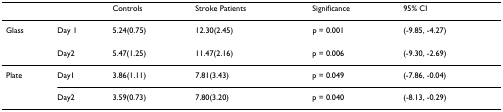
<table><thead><tr><td></td><td></td><td><b>Controls</b></td><td><b>Stroke Patients</b></td><td><b>Significance</b></td><td><b>95% CI</b></td></tr></thead><tbody><tr><td>Glass</td><td>Day 1</td><td>5.24(0.75)</td><td>12.30(2.45)</td><td>p = 0.001</td><td>(-9.85, -4.27)</td></tr><tr><td></td><td>Day2</td><td>5.47(1.25)</td><td>11.47(2.16)</td><td>p = 0.006</td><td>(-9.30, -2.69)</td></tr><tr><td>Plate</td><td>Day1</td><td>3.86(1.11)</td><td>7.81(3.43)</td><td>p = 0.049</td><td>(-7.86, -0.04)</td></tr><tr><td></td><td>Day2</td><td>3.59(0.73)</td><td>7.80(3.20)</td><td>p = 0.040</td><td>(-8.13, -0.29)</td></tr></tbody></table>